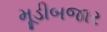
મૂડીબજાર